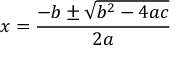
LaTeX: \overset { } { \underset { } { x = { \frac { - b \pm { \sqrt { b ^ { 2 } - 4 a c } } } { 2 a } } } }